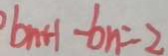
b _ { n + 1 } - b _ { n } = 2